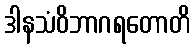
ဒါနသံဝိဘာဂရတောတိ